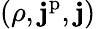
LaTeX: (\rho,\mathbf{j}^{\mathrm{p}},\mathbf{j})